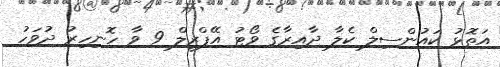
އަތޮޅު ކައުންސިލް ކެލާ ދާއިރާގެ ވޯޓު އޭޕްރީލް 9 ވާ ހޮނިހިރު ދުވަހު